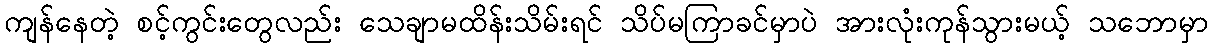
ကျန်နေတဲ့ စင့်ကွင်းတွေလည်း သေချာမထိန်းသိမ်းရင် သိပ်မကြာခင်မှာပဲ အားလုံးကုန်သွားမယ့် သဘောမှာ